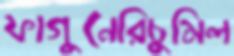
ফাগুনেরিচুমিল